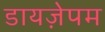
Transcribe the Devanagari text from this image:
डायज़ेपम